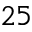
_ { 2 5 }